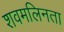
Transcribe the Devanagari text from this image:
शवमलिनता